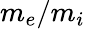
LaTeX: m_{e}/m_{i}